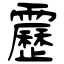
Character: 靂